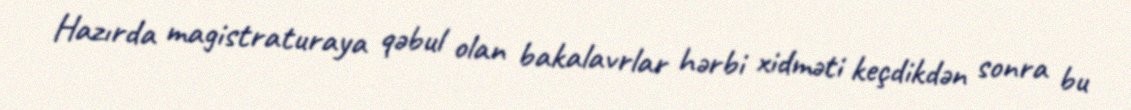
Hazırda magistraturaya qəbul olan bakalavrlar hərbi xidməti keçdikdən sonra bu